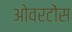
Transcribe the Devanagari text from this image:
ओवरटोंस